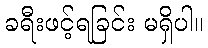
ခရီးဖင့်ရခြင်း မရှိပါ။